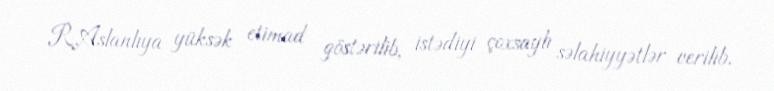
R.Aslanlıya yüksək etimad göstərilib, istədiyi çoxsaylı səlahiyyətlər verilib.